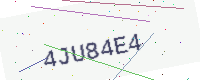
Text: 4JU84E4